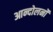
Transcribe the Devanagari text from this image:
आन्दोलनोंं